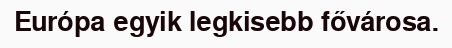
Európa egyik legkisebb fővárosa.